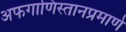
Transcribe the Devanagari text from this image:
अफगाणिस्तानप्रमाणे